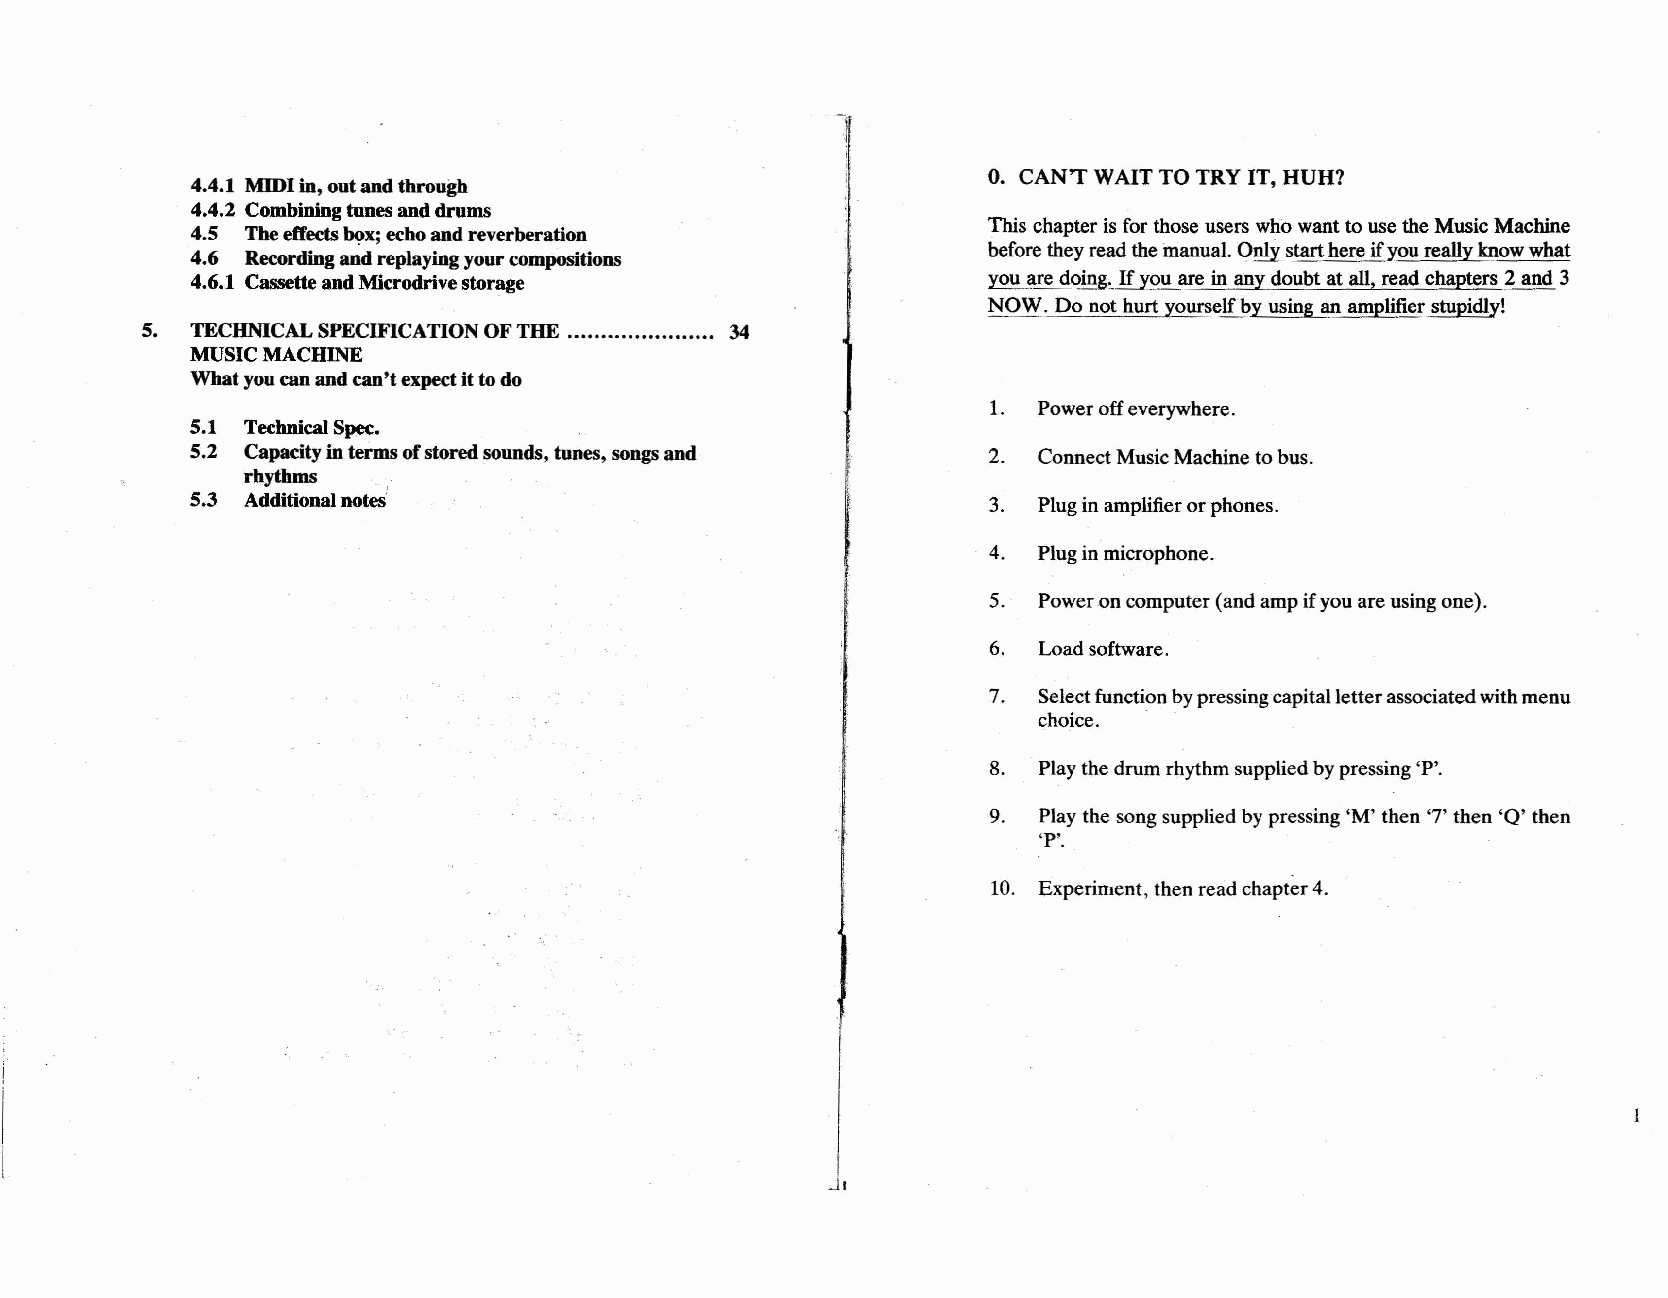
o.
 CAN'T WAITTO TRY IT, HUH?
 4.4.1 MIOIin,outandtbrougb
 4.4.2 Combiningtunesanddrums
 This chapteris for those users whowantto usetheMusicMachine
 4.5 Tbeeffectsbc:-x;ecboandreverberation
 beforetheyreadthemanual. Onlystarthereiryoureallyknowwhat
 4.6 Recordingandreplayingyourcompositions
 4.6.1 CassetteandMicrodrivestorage                  you are doing. Iryou are in anydoubtataH, readchapters 2and 3
 NOW. Do nothurt yourselfby using an amplifierstupidly!
 5.  TECHNICALSPECIFICATIONOFTHE        34
 MUSICMACHINE
 Wbatyoucanandcan'texpectittodo
 1.  Poweroffeverywhere.
 5.1 TechnicalSpec.
 5.2 Capacityintermsofstoredsounds, tunes,songsand   2.  ConnectMusicMachinetobus.
 rbytbms
 5.3 Additionalnotes:
 3.  Pluginamplifierorphones.
 4.  Pluginmicrophone.
 5.  Poweroncomputer(andampifyouareusingone).
 6.  Loadsoftware.
 7.  Selectfunctionbypressingcapitalletterassociatedwithmenu
 choice.
 8.  Playthedrum rhythmsuppliedbypressing'P'.
 9.  Play the songsuppliedby pressing 'M' then '7' then 'Q' then
 'P'.
 10. Experiment, thenreadchapt<~r4.